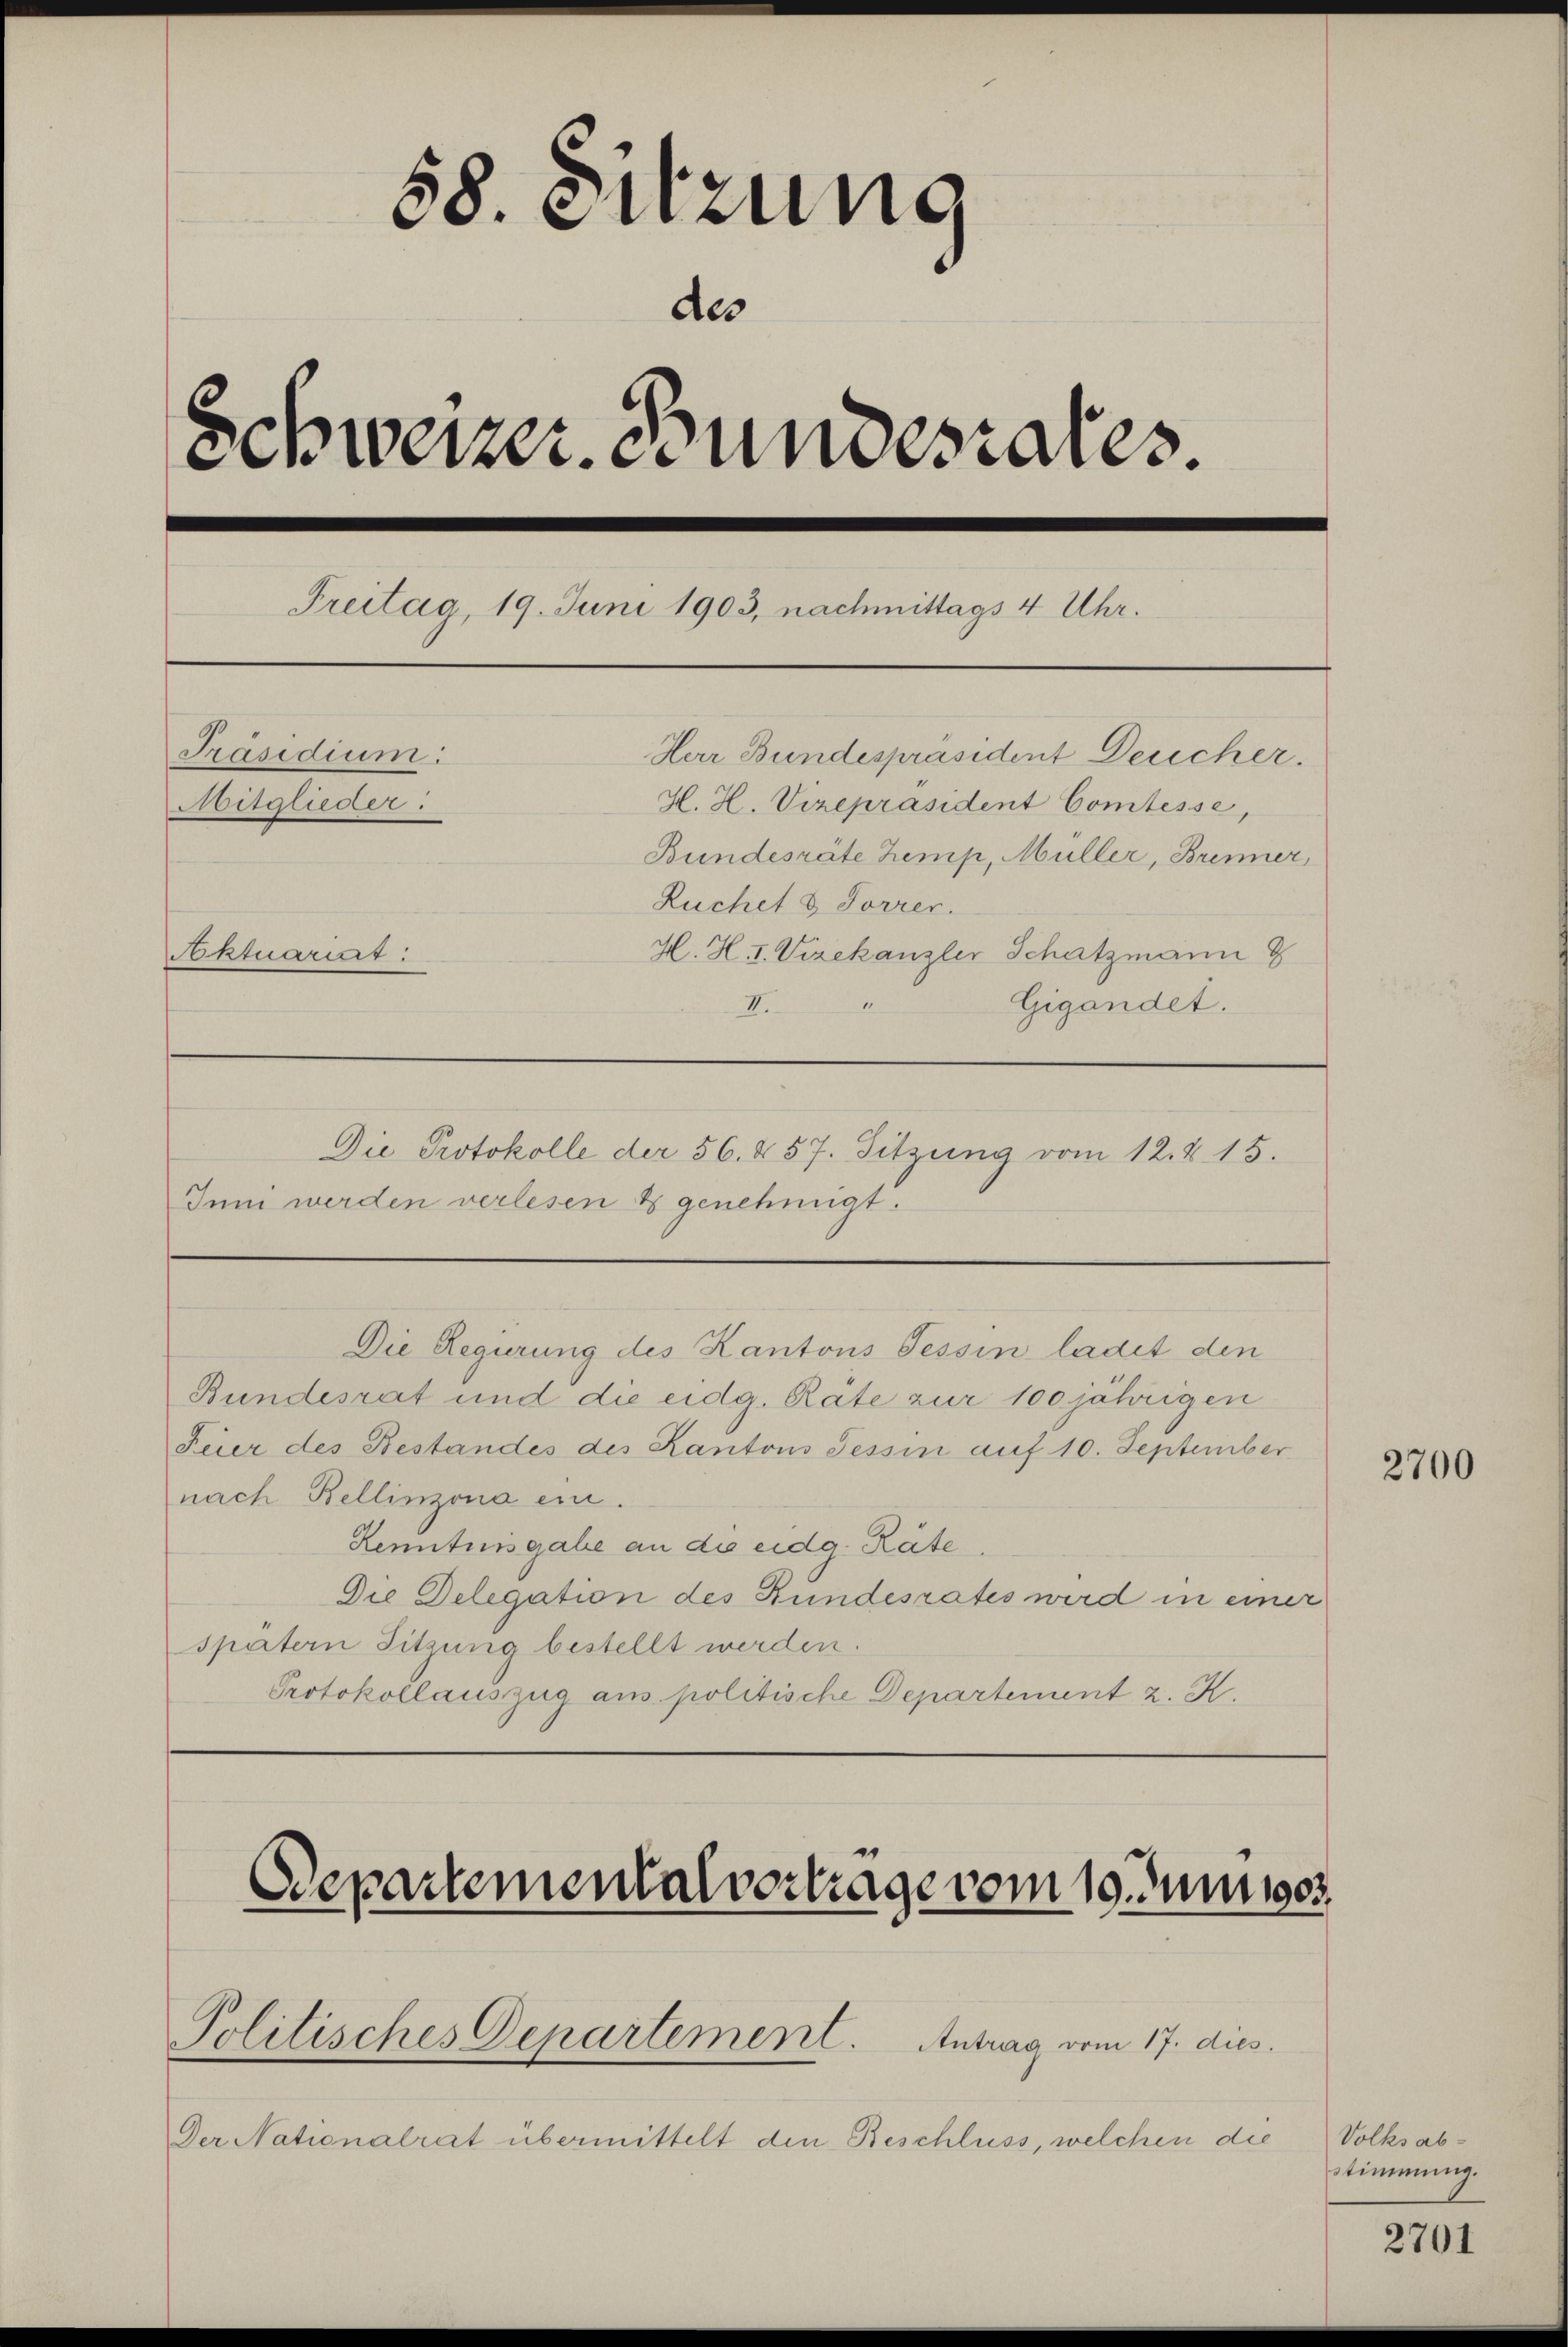
58. Sitzung
des
Schweizer. Bundesrates.
Freitag, 19. Juni 1903, nachmittags 4 Uhr.
Präsidium:
Herr Bundespräsident Deucher.
H. H. Vizepräsident Comtesse,
Mitglieder.
Bundesräte Zemp, Müller, Brenner,
Ruchet & Forrer.
H. H. I. Vizekanzler Schatzmann
Aktuariat
11
II.
Gigandet.

Die Protokolle der 56. § 57. Sitzung vom 12. 215.
Inn werden verlesen & genehmigt.

Die Regierung des Kantons Tessin ladet den
Bundesrat und die eidg. Räte zur 100 jährigen
Feier des Bestandes des Kantons Tessin auf 10. September
nach Bellinzona ein.
Kenntnisgabe an die eidg. Räte
Die Delegation des Bundesrates wird in einer
spatern Sitzung bestellt werden.
Protokollauszug aus politische Departement z. K.

Departemental vortrage vom 19. Juni 1903.
Politisches Departement. Antrag vom 17. dies

Der Nationalrat übermittelt den Beschluss, welchen die

2700

Volksab¬
Stimmung.

2701